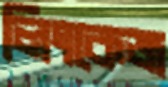
লিংকেজ